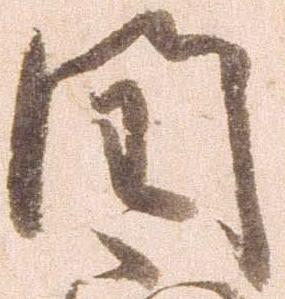
閏